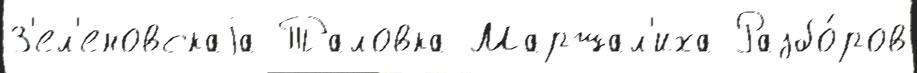
З'ел'еновскаjа Таловка Маршал'иха Разбо́ров